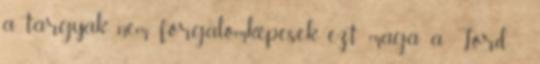
a tárgyak nem forgalomképesek, ezt maga a Lord -